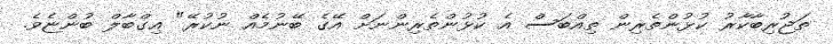
ތަޖުރިބާކާރު ކުޅުންތެރިން ތިއްބަސް އެ ކުޅުންތެރިންނަށް އޭގެ ބޭނުމެއް ނުކުރޭ" އިގްބާލް ބުންޏެވެ.